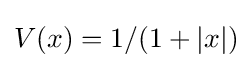
V(x)=1/(1+|x|)